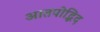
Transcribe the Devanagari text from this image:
आतपोद्भिद